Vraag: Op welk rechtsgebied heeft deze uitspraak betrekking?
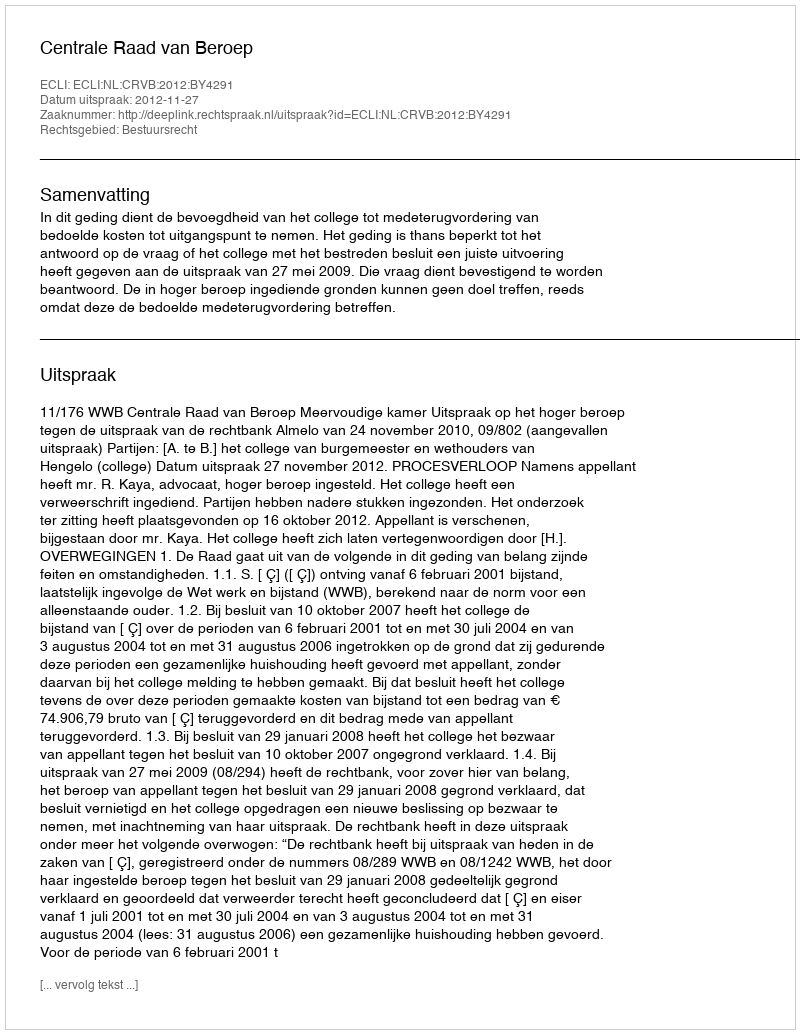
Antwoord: Bestuursrecht